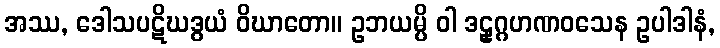
အဿ, ဒေါသပဋိဃဒွယံ ဝိဃာတော။ ဥဘယမ္ပိ ဝါ ဒဠှဂ္ဂဟဏဝသေန ဥပါဒါနံ,